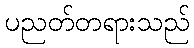
ပညတ်တရားသည်